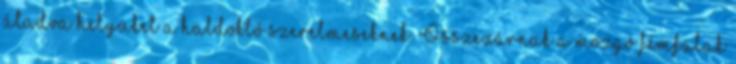
átadva helyüket a haldokló szerelmeseknek. Összezárnak a mozgó fémfalak